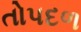
તોપદળ